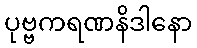
ပုဗ္ဗကရဏနိဒါနော